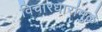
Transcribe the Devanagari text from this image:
विचारधारांमुळे